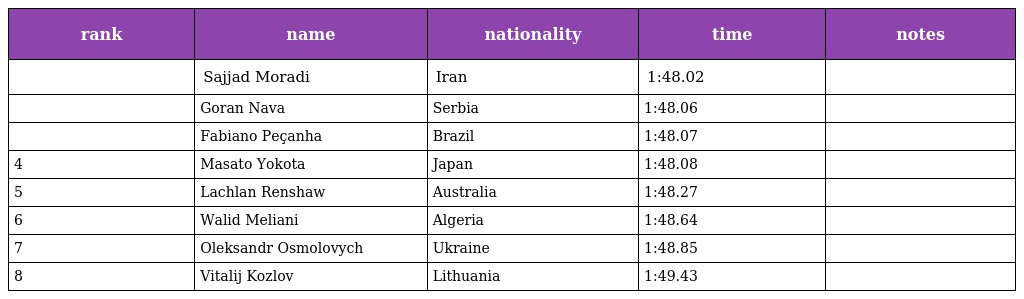
| rank | name | nationality | time | notes |
 | --- | --- | --- | --- | --- |
 |  | Sajjad Moradi | Iran | 1:48.02 |  |
 |  | Goran Nava | Serbia | 1:48.06 |  |
 |  | Fabiano Peçanha | Brazil | 1:48.07 |  |
 | 4 | Masato Yokota | Japan | 1:48.08 |  |
 | 5 | Lachlan Renshaw | Australia | 1:48.27 |  |
 | 6 | Walid Meliani | Algeria | 1:48.64 |  |
 | 7 | Oleksandr Osmolovych | Ukraine | 1:48.85 |  |
 | 8 | Vitalij Kozlov | Lithuania | 1:49.43 |  |